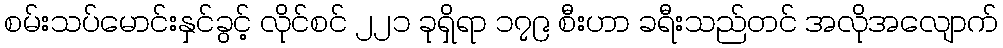
စမ်းသပ်မောင်းနှင်ခွင့် လိုင်စင် ၂၂၁ ခုရှိရာ ၁၇၉ စီးဟာ ခရီးသည်တင် အလိုအလျောက်